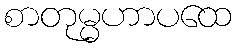
စာတုမ္မဟာပထေ